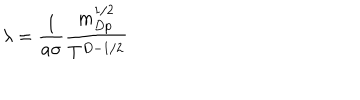
LaTeX: \lambda = \frac { 1 } { a \sigma } \frac { m _ { D p } ^ { 1 / 2 } } { T ^ { D - 1 / 2 } }